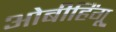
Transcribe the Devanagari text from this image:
ओबीहिंगू